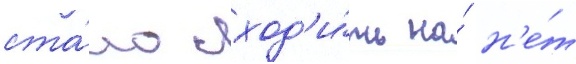
ста́ло сход'и́ть на́ н'е́т